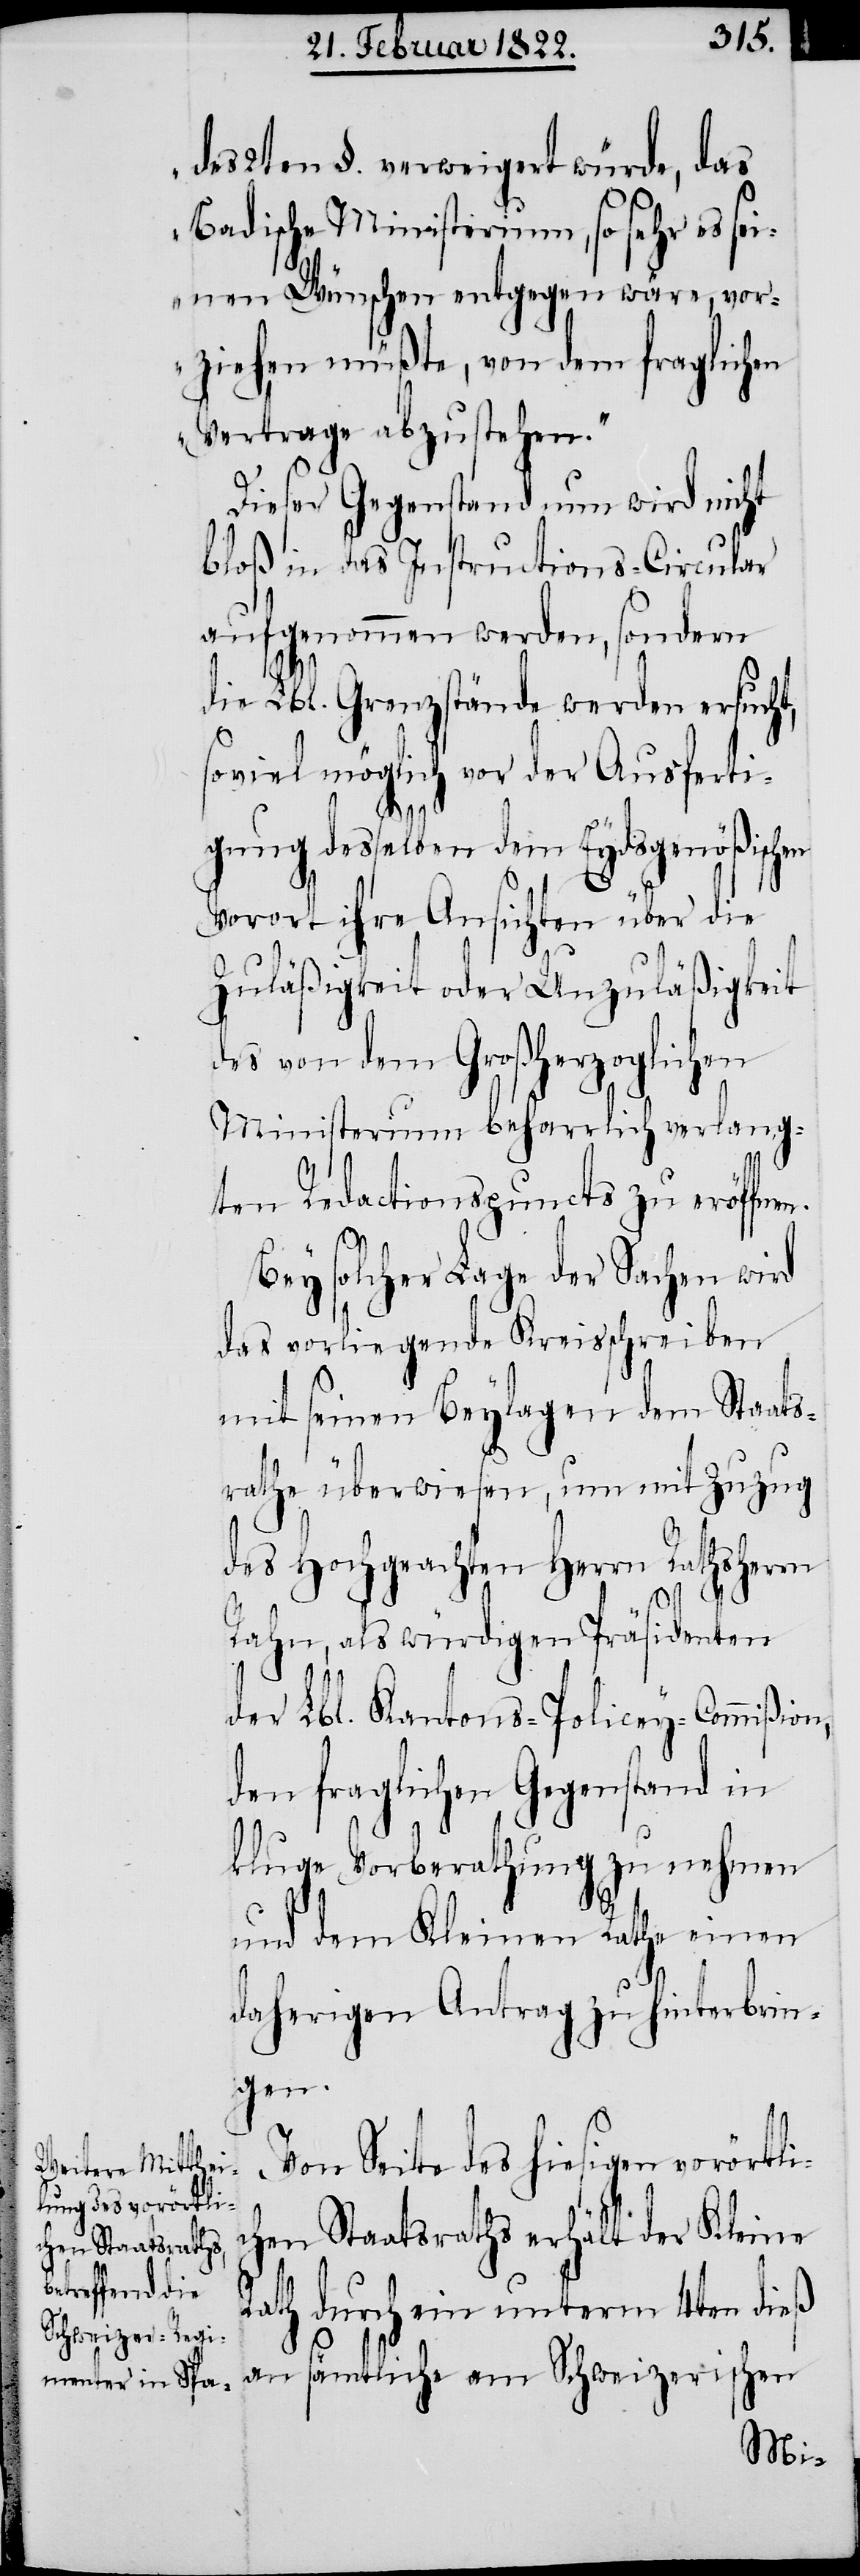
des 2ten §. verweigert würde, das
Badische Ministerium, so sehr es s¬
einen Wünschen entgegen wäre, vor¬
ziehen müßte, von dem fraglichen
Vertrage abzustehen.“
Dieser Gegenstand nun wird nicht
bloß in das Instructions-Circular
aufgenommen werden, sondern
die Lbl. Grenzstände werden ersucht,
soviel möglich vor der Ausferti¬
gung desselben dem Eydsgenößischen
Vorort ihre Ansichten über die
Zuläßigkeit oder Unzuläßigkeit
des von dem Großherzoglichen
Ministerium beharrlich verlang¬
ten Redactionspuncts zu eröffne¬
Bey solcher Lage der Sachen wird
das vorliegende Kreisschreiben
mit seinen Beylagen dem Staats¬
rathe überwiesen, um mit Zuzug
des Hochgeachteten Herrn Rathsherrn
Rahn, als würdigen Präsidenten
i¬
der Lbl. Kantons-Policey-Commißion,
den fraglichen Gegenstand in
kluge Vorberathung zu nehmen
und dem Kleinen Rathe einen
daherigen Antrag zu hinterbrin¬
gen.
Von Seite des hiesigen vorörtl¬
chen Staatsraths erhält der Kleine
Rath durch ein unterm 4ten dieß
an sämtliche am Schweizerischen